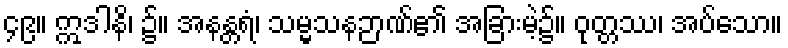
၄၉။ ဣဒါနိ၊ ၌။ အနန္တရံ၊ သမ္မသနဉာဏ်၏ အခြားမဲ့၌။ ဝုတ္တဿ၊ အပ်သော။